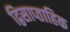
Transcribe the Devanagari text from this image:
द्विसाप्‍ताहिक